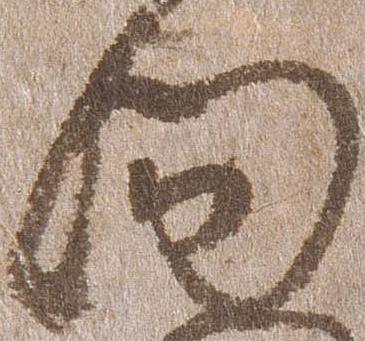
向